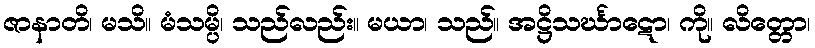
ဇာနာတိ၊ မသိ။ မံသမ္ပိ၊ သည်လည်း။ မယာ၊ သည်။ အဋ္ဌိသင်္ဃာဋော၊ ကို။ လိတ္တော၊